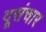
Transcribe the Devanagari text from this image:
दूसंचार